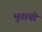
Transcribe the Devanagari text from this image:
भुतांची